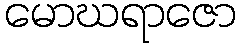
မောဃရာဇော